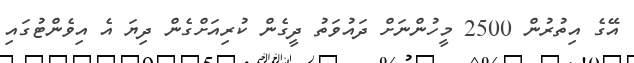
އޭގެ އިތުރުން 2500 މީހުންނަށް ދައުވަތު ދީގެން ކުރިއަށްގެން ދިޔަ އެ އިވެންޓުގައި